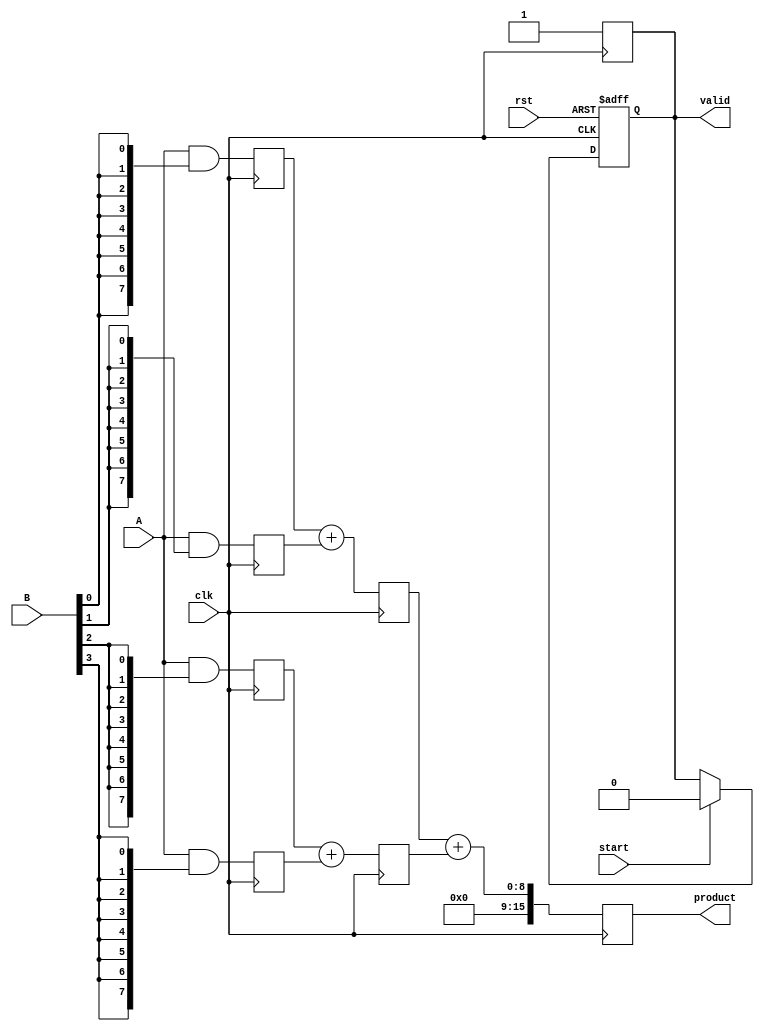
module PipelinedWallaceTreeMultiplier #(parameter N = 8, P = 16) (
    input clk,
    input rst,
    input [N-1:0] A,
    input [N-1:0] B,
    input start,
    output reg [P-1:0] product,
    output reg valid
);

    reg [N-1:0] A_reg, B_reg;
    reg [N-1:0] partial_products[N-1:0];
    
    wire [N-1:0] pp[N-1:0]; // partial products
    wire [P-1:0] final_sum;
    
    // Generate partial products
    genvar i;
    generate
        for (i = 0; i < N; i = i + 1) begin: pp_gen
            assign pp[i] = A & {N{B[i]}}; // AND operation to generate partial products
        end
    endgenerate

    // Stage 1: Register inputs
    always @(posedge clk or posedge rst) begin
        if (rst) begin
            A_reg <= 0;
            B_reg <= 0;
            valid <= 0;
        end else if (start) begin
            A_reg <= A;
            B_reg <= B;
            valid <= 0; // Reset valid signal when starting
        end
    end

    // Stage 2: Wallace Tree Reduction
    reg [N-1:0] sum[N-1:0];
    reg [N-1:0] carry[N-1:0];
    
    integer j;
    always @(posedge clk) begin
        // Generate partial products
        for (j = 0; j < N; j = j + 1) begin
            partial_products[j] <= pp[j];
        end
        
        // Wallace Tree Reduction (2 stages)
        // First Stage: Combine partial products using half and full adders
        for (j = 0; j < N/2; j = j + 1) begin
            {carry[j], sum[j]} <= partial_products[2*j] + partial_products[2*j + 1];
        end
        
        // Handle odd partial product count
        if (N % 2 != 0) begin
            sum[N/2] <= partial_products[N-1];
        end
    end

    // Final Addition Stage
    always @(posedge clk) begin
        // Assuming final sum is done using a simple adder for demo purposes
        product <= final_sum; // Assign the final product output
        valid <= 1; // Set valid signal high after processing
    end

    // Final addition logic (could be a more complex adder)
    assign final_sum = sum[0] + sum[1]; // Example of simple addition, expand as needed

endmodule